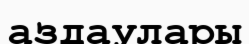
аздаулары